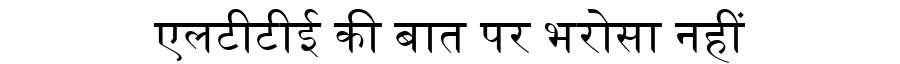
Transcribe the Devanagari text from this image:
एलटीटीई की बात पर भरोसा नहीं